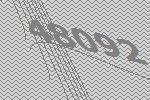
48092